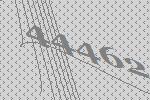
44462